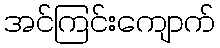
အင်ကြင်းကျောက်